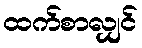
ထက်စာလျှင်